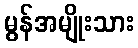
မွန်အမျိုးသား